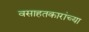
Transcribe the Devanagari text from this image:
वसाहतकारांच्या